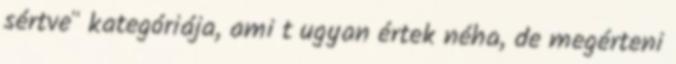
sértve" kategóriája, ami t ugyan értek néha, de megérteni